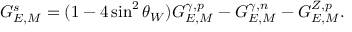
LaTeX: G _ { E , M } ^ { s } = ( 1 - 4 \sin ^ { 2 } \theta _ { W } ) G _ { E , M } ^ { \gamma , p } - G _ { E , M } ^ { \gamma , n } - G _ { E , M } ^ { Z , p } .